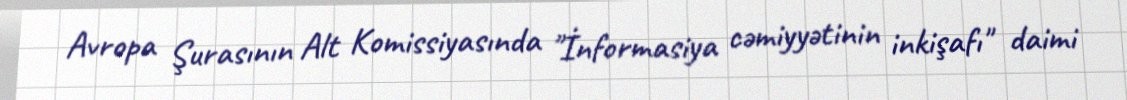
Avropa Şurasının Alt Komissiyasında "İnformasiya cəmiyyətinin inkişafı" daimi